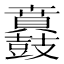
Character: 𮮪